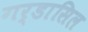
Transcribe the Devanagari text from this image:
गर्डासिल